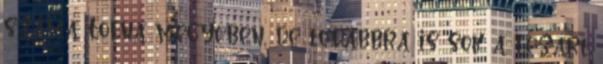
száma Tolna megyében, de továbbra is sok a lezárt